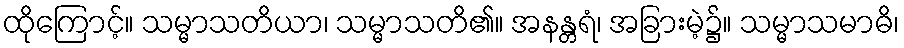
ထိုကြောင့်။ သမ္မာသတိယာ၊ သမ္မာသတိ၏။ အနန္တရံ၊ အခြားမဲ့၌။ သမ္မာသမာဓိ၊